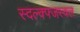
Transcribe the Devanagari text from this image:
स्दल्क्फ्जस्क्ल